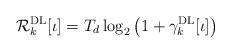
LaTeX: \begin{align*}\mathcal{R}^\mathrm{DL}_k[\iota] = T_d\log_2\left(1+\gamma_k^{\mathrm{DL}}[\iota]\right)\end{align*}